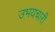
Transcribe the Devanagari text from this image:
उभयचारी